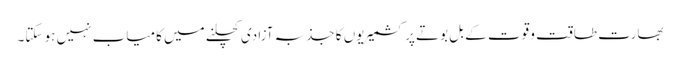
بھارت طاقت و قوت کے بل بوتے پر کشمیریوں کا جذبہ آزادی کچلنے میں کامیاب نہیں ہو سکتا۔